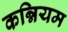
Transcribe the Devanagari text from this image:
कन्नियम